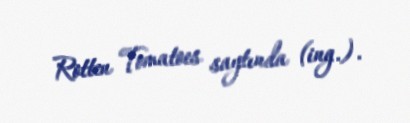
Rotten Tomatoes saytında (ing.).